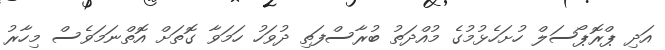
އަދި ޕްރޮޕޯސަލް ހުށަހެޅުމުގެ މުއްދަތު ބުރާސްފަތި ދުވަހު ހަމަވާ ގޮތަށް އޮތްނަމަވެސް މިހާރު